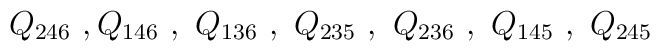
Q_{246}~, Q_{146}~,~ Q_{136}~,~Q_{235}~,~Q_{236}~,~Q_{145}~,~Q_{245}